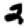
Digit: 2